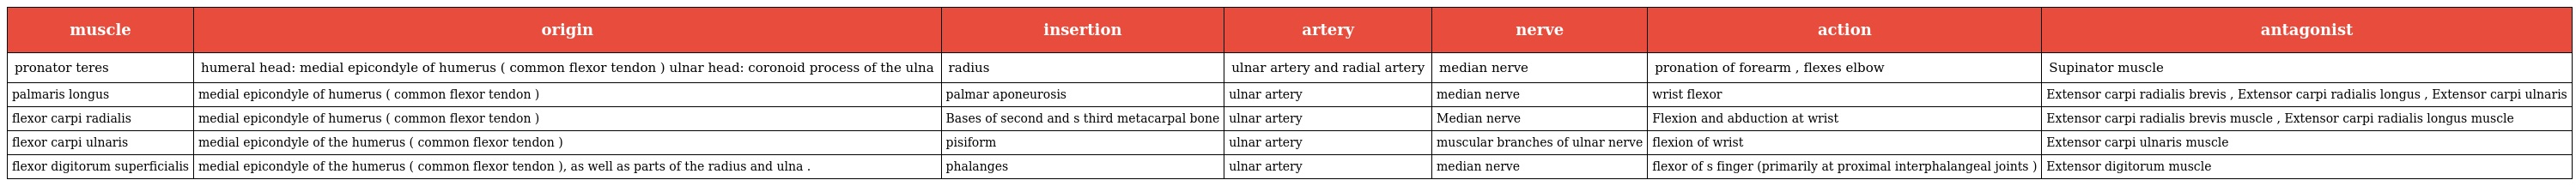
| muscle | origin | insertion | artery | nerve | action | antagonist |
 | --- | --- | --- | --- | --- | --- | --- |
 | pronator teres | humeral head: medial epicondyle of humerus ( common flexor tendon ) ulnar head: coronoid process of the ulna | radius | ulnar artery and radial artery | median nerve | pronation of forearm , flexes elbow | Supinator muscle |
 | palmaris longus | medial epicondyle of humerus ( common flexor tendon ) | palmar aponeurosis | ulnar artery | median nerve | wrist flexor | Extensor carpi radialis brevis , Extensor carpi radialis longus , Extensor carpi ulnaris |
 | flexor carpi radialis | medial epicondyle of humerus ( common flexor tendon ) | Bases of second and s third metacarpal bone | ulnar artery | Median nerve | Flexion and abduction at wrist | Extensor carpi radialis brevis muscle , Extensor carpi radialis longus muscle |
 | flexor carpi ulnaris | medial epicondyle of the humerus ( common flexor tendon ) | pisiform | ulnar artery | muscular branches of ulnar nerve | flexion of wrist | Extensor carpi ulnaris muscle |
 | flexor digitorum superficialis | medial epicondyle of the humerus ( common flexor tendon ), as well as parts of the radius and ulna . | phalanges | ulnar artery | median nerve | flexor of s finger (primarily at proximal interphalangeal joints ) | Extensor digitorum muscle |